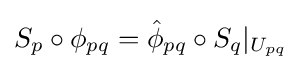
S_{p}\circ \phi _{pq}={\hat {\phi }}_{pq}\circ S_{q}|_{U_{pq}}